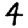
Digit: 4